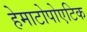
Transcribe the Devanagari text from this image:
हेमाटोपोएटिक